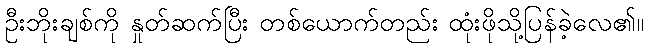
ဦးဘိုးချစ်ကို နှုတ်ဆက်ပြီး တစ်ယောက်တည်း ထုံးဖိုသို့ပြန်ခဲ့လေ၏။